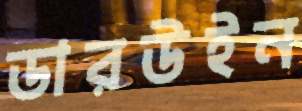
ডারউইন